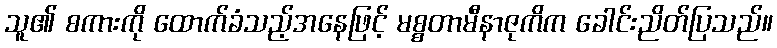
သူ၏ စကားကို ထောက်ခံသည့်အနေဖြင့် မစ္စတာမီနာဇုကိက ခေါင်းညိတ်ပြသည်။